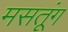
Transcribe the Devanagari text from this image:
मसतूंग